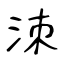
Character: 洓